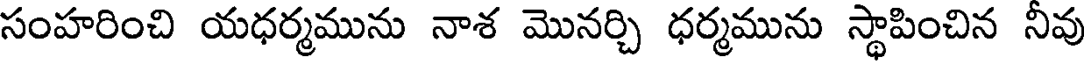
సంహరించి యధర్మమును నాశ మొనర్చి ధర్మమును స్థాపించిన నీవు